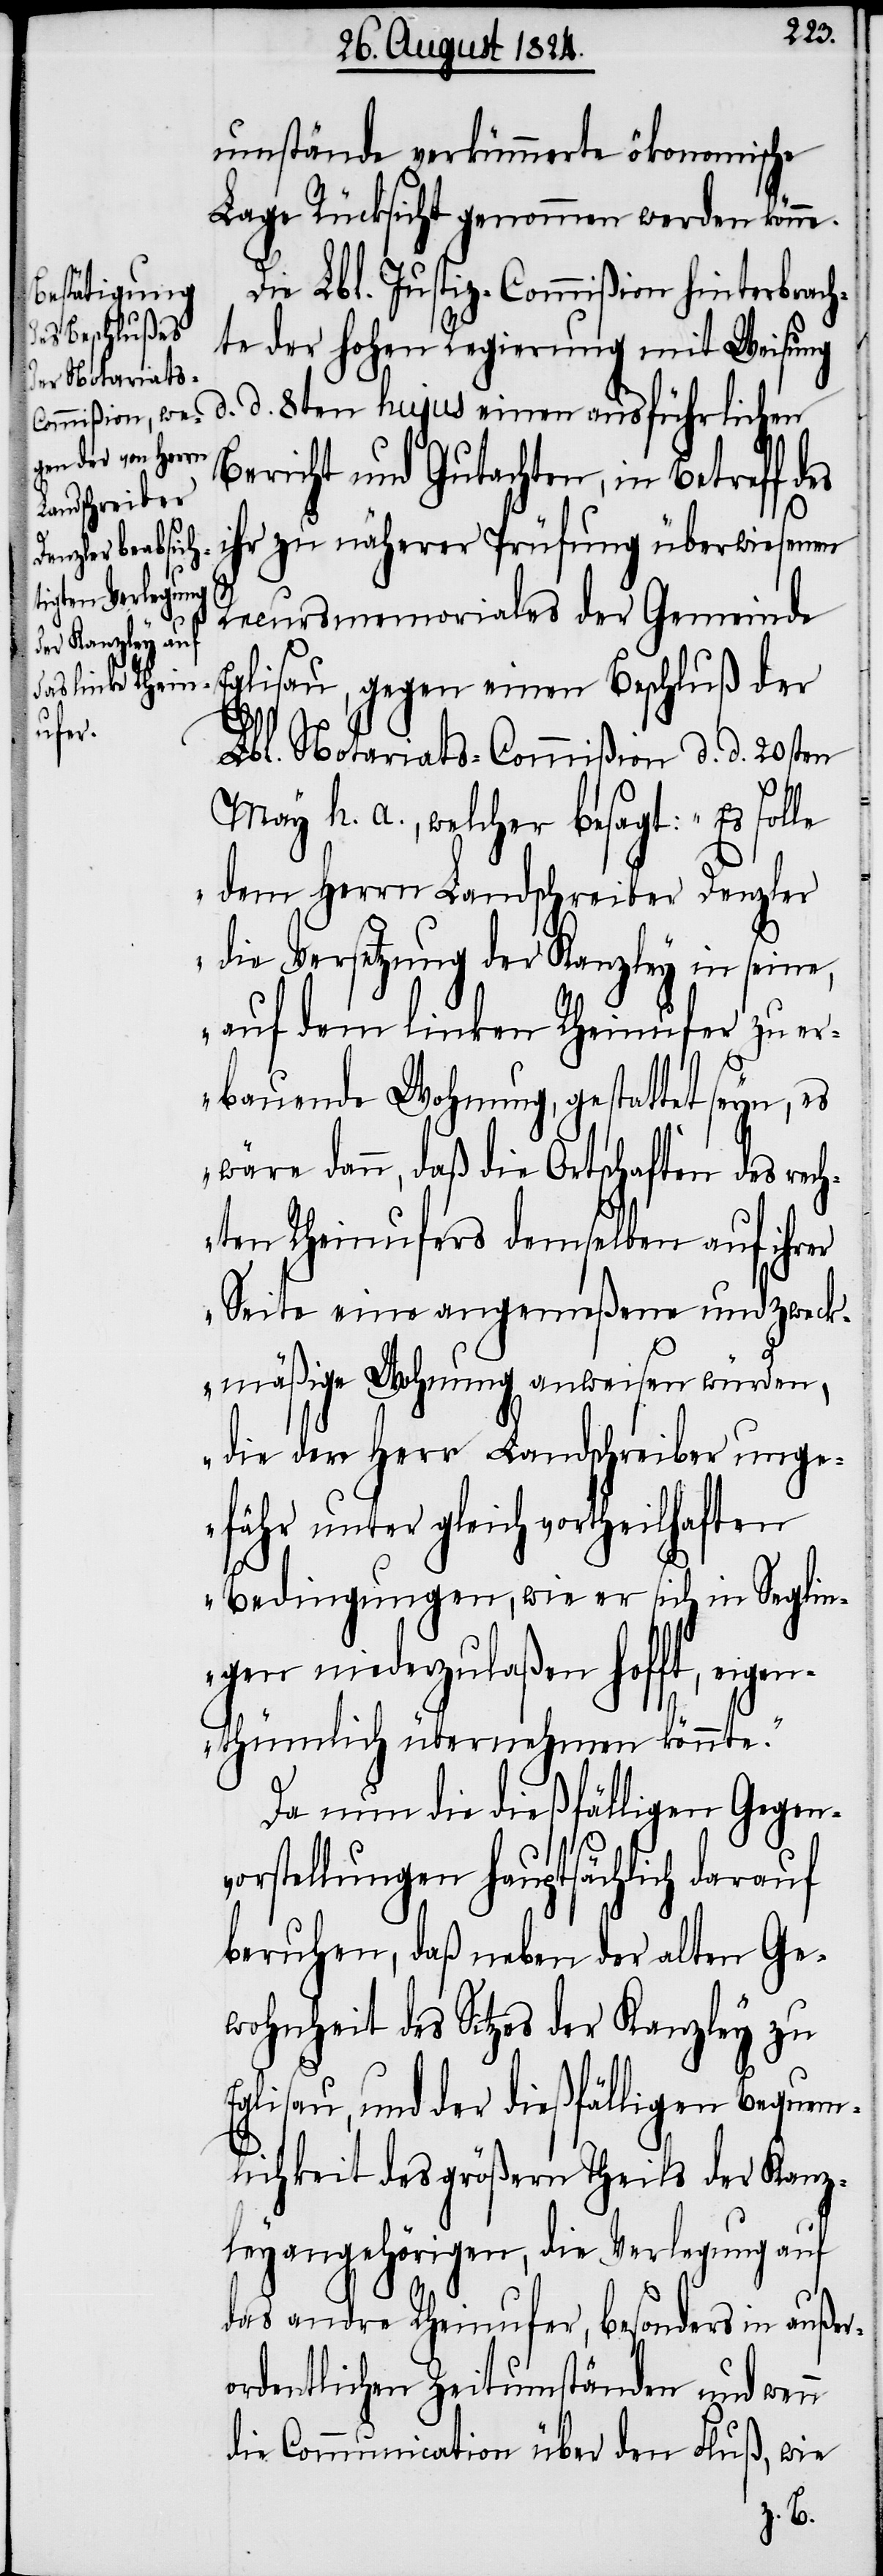
umstände verkümmerte ökonomische
Lage Rücksicht genommen werden könne.
Die Lbl. Justiz-Commißion hinterbrac¬
hte der hohen Regierung mit Weisung
d. 8ten hujus einen ausführlichen
Bericht und Gutachten, in Betreff
ihr zu näherer Prüfung überwiesenen
d.
Recursmemoriales der Gemeinde
Eglisau, gegen einen Beschluß der
Lbl. Notariats-Commißion d. d. 20sten
May h. a., welcher besagt: „Es solle
dem Herrn Landschreiber Denzler
die Versetzung der Kanzley in seine,
auf dem linken Rheinufer zu er¬
bauende Wohnung, gestattet seyn, es
wäre dann, daß die Ortschaften des rec¬
hten Rheinufers demselben auf ihrer
Seite eine angemeßene und zweck¬
mäßige Wohnung anweisen würden,
die der Herr Landschreiber unge¬
fähr unter gleich vortheilhaften
Bedingung, wie er sich in Seglin¬
gen niederzulaßen hofft, ei¬
genthümlich übernehmen könnte.“
Da nun die dießfälligen Gegenv¬
orstellungen hauptsächlich darauf
beruhen, daß neben der alten Ge¬
wohnheit des Sitzes der Kanzley zu
Eglisau, und der dießfälligen Bequem¬
lichkeit des größern Theils der Kanz¬
leyangehörigen, die Verlegung auf
das andere Rheinufer, besonders in außer¬
ordentlichen Zeitumständen und wenn
die Communication über den Fluß, wie